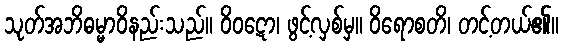
သုတ်အဘိဓမ္မာဝိနည်းသည်။ ဝိဝဋော၊ ဖွင့်လှစ်မှ။ ဝိရောစတိ၊ တင့်တယ်၏။